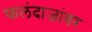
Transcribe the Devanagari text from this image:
फलंदाजांवर